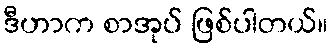
ဒီဟာက စာအုပ် ဖြစ်ပါတယ်။